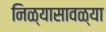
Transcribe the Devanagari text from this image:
निळ्यासावळ्या